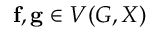
\mathbf { f } , \mathbf { g } \in V ( G , X )